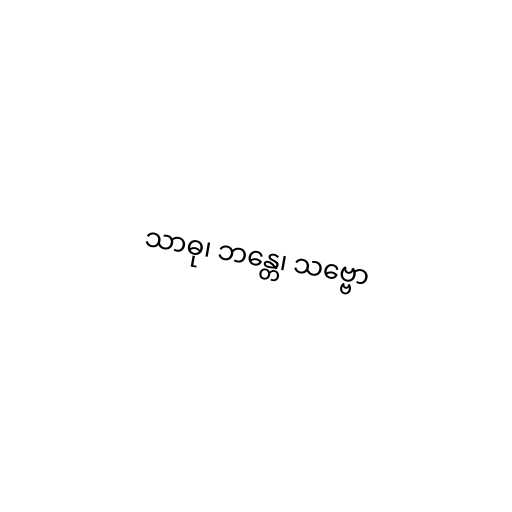
သာဓု၊ ဘန္တေ၊ သဗ္ဗော